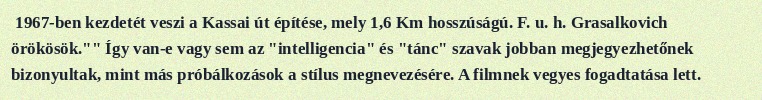
1967-ben kezdetét veszi a Kassai út építése, mely 1,6 Km hosszúságú. F. u. h. Grasalkovich örökösök."" Így van-e vagy sem az "intelligencia" és "tánc" szavak jobban megjegyezhetőnek bizonyultak, mint más próbálkozások a stílus megnevezésére. A filmnek vegyes fogadtatása lett.